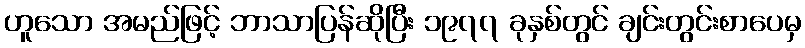
ဟူသော အမည်ဖြင့် ဘာသာပြန်ဆိုပြီး ၁၉၇၇ ခုနှစ်တွင် ချင်းတွင်းစာပေမှ